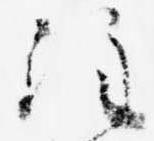
注